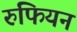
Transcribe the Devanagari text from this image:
रुफियन